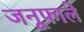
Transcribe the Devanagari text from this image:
जनूफाले